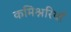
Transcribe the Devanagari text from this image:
कमिश्नरियाँ